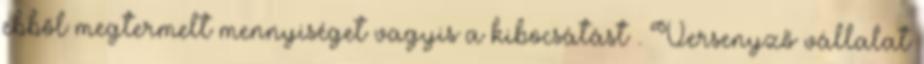
ebből megtermelt mennyiséget vagyis a kibocsátást . Versenyző vállalat